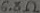
Text: 6.8Ω